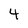
Character: 4